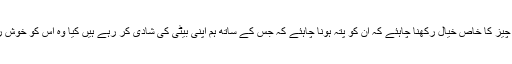
والدین کو اس چیز کا خاص خیال رکھنا چاہئے کہ ان کو پتہ ہونا چاہئے کہ جس کے ساتھ ہم اپنی بیٹی کی شادی کر رہے ہیں کیا وہ اس کو خوش رکھ پائے گا ۔